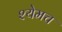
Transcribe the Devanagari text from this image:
श्येमच